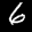
Label: 6